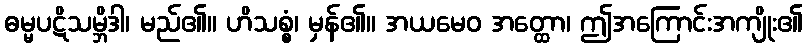
ဓမ္မပဋိသမ္ဘိဒါ၊ မည်၏။ ဟိသစ္စံ၊ မှန်၏။ အယမေဝ အတ္ထော၊ ဤအကြောင်းအကျိုး၏